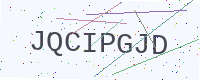
Text: JQCIPGJD